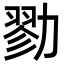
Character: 勠